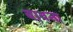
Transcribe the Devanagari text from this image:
बावना